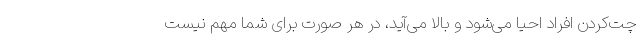
چت‌کردن افراد احیا می‌شود و بالا می‌آید، در هر صورت برای شما مهم نیست